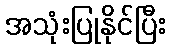
အသုံးပြုနိုင်ပြီး